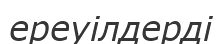
ереуілдерді